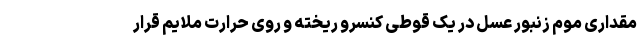
مقداری موم زنبور عسل در یک قوطی کنسرو ریخته و روی حرارت ملایم قرار